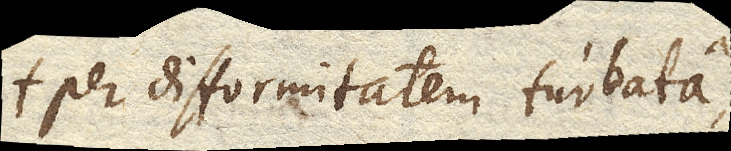
per difformitatem turbata